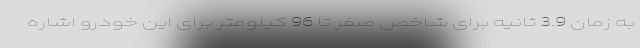
به زمان 3.9 ثانیه برای شاخص صفر تا 96 کیلومتر برای این خودرو اشاره